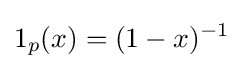
1_{p}(x)=(1-x)^{-1}